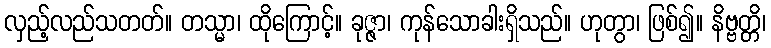
လှည့်လည်သတတ်။ တသ္မာ၊ ထိုကြောင့်။ ခုဇ္ဇာ၊ ကုန်သောခါးရှိသည်။ ဟုတွာ၊ ဖြစ်၍။ နိဗ္ဗတ္တိ၊